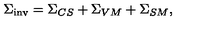
{ \Sigma } _ { \mathrm { i n v } } = { \Sigma } _ { C S } + { \Sigma } _ { V M } + { \Sigma } _ { S M } ,